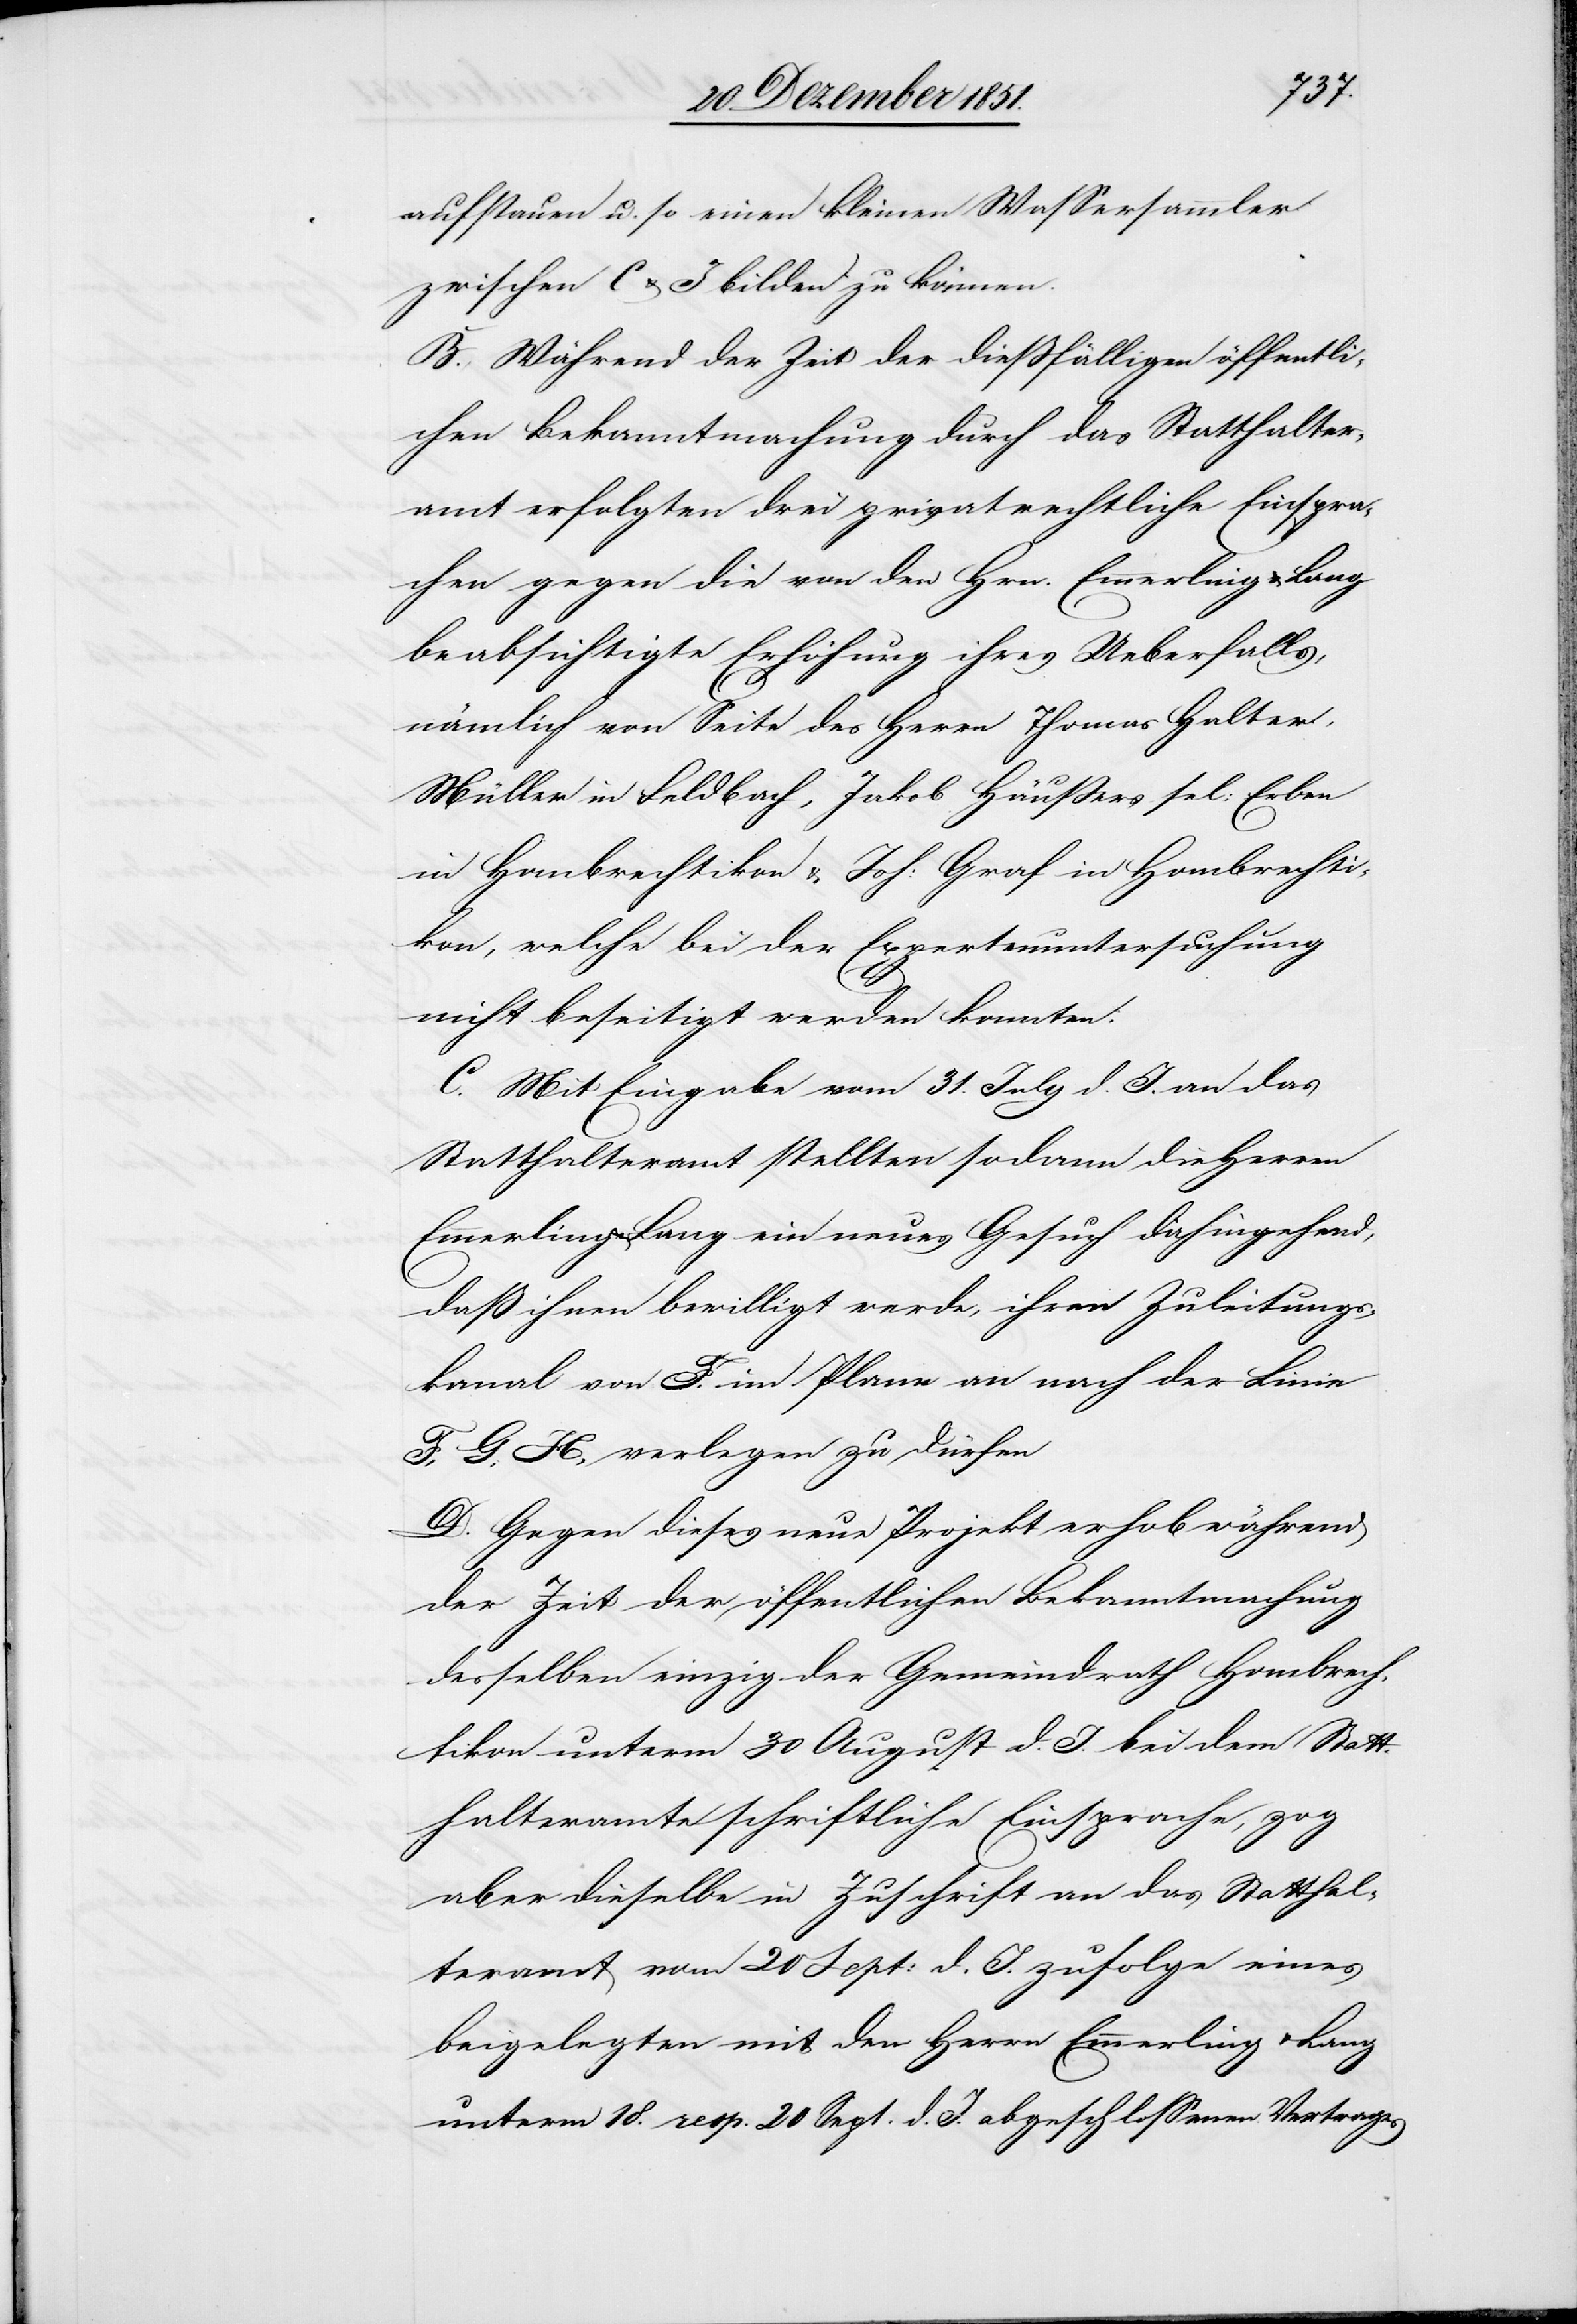
aufstauen u. so einen kleinen Wassersammler
zwischen C & J bilden zu können.
B. Während der Zeit der dießfälligen öffentli¬
chen Bekanntmachung durch das Statthalter¬
amt erfolgten drei privatrechtliche Einspra¬
chen gegen die von den Hrn. Emmerling & Lang
beabsichtigte Erhöhung ihres Ueberfalls,
nämlich von Seite des Herrn Thomas Halter,
Müller in Feldbach, Jakob Häußers sel: Erben
in Hombrechtikon & Joh: Graf in Hombrechti¬
kon, welche bei der Expertenuntersuchung
nicht beseitigt werden konnten.
C. Mit Eingabe vom 31. July d. J. an das
Statthalteramt stellten sodann die Herren
Emmerling & Lang ein neues Gesuch dahingehend,
daß ihnen bewilligt werde, ihren Zuleitungs¬
kanal von F. im Plane an nach der Linie
F, G, H, verlegen zu dürfen
D. Gegen dieses neue Projekt erhob während
der Zeit der öffentlichen Bekanntmachung
desselben einzig der Gemeindrath Hombrech¬
tikon unterm 30 August d. J. bei dem Statt¬
halteramte schriftliche Einsprache, zog
aber dieselbe in Zuschrift an das Statthal¬
teramt vom 20 Sept: d. J. zufolge eines
beigelegten mit den Herrn Emmerling & Lang
unterm 18. resp. 20 Sept. d. J. abgeschlossenen Vertrages